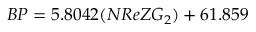
B P = 5 . 8 0 4 2 ( N R e Z G _ { 2 } ) + 6 1 . 8 5 9